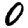
Digit: 0